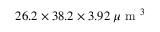
2 6 . 2 \times 3 8 . 2 \times 3 . 9 2 \: \mu \mathrm { ~ m ~ } ^ { 3 }